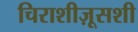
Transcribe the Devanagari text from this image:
चिराशीज़ूसशी